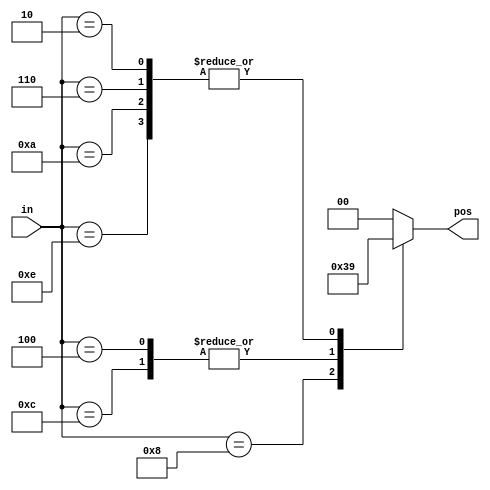
// SPDX-License-Identifier: MIT

// synthesis verilog_input_version verilog_2001
module top_module (
    input [3:0] in,
    output reg [1:0] pos  );
    always @(*) case (in)
        4'h8: pos = 3;
        4'h4, 4'hC: pos = 2;
        4'h2, 4'h6, 4'hA, 4'hE: pos = 1;
        default: pos = 0;

    endcase
endmodule